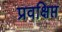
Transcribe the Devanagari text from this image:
प्रवक्षिप्त